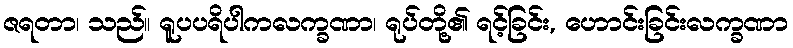
ဇရတာ၊ သည်။ ရူပပရိပါကလက္ခဏာ၊ ရုပ်တို့၏ ရင့်ခြင်း, ဟောင်းခြင်းလက္ခဏာ